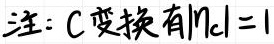
注：C 变换有$| \eta_{C}| = 1$